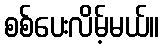
စစ်ပေးလိမ့်မယ်။